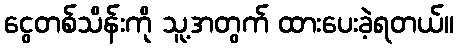
ငွေတစ်သိန်းကို သူ့အတွက် ထားပေးခဲ့ရတယ်။